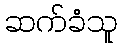
ဆက်ခံသူ